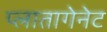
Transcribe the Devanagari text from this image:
प्लातागेनेट